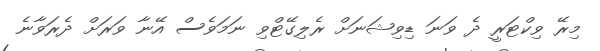
މިރޭ ވިކްޓަރީ ދެ ވަނަ ޑިވިޝަނަށް ރެލިގޭޓްވި ނަމަވެސް އޭނާ ވަރަށް ދެރަވާނެ